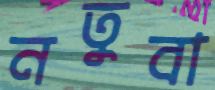
নতুবা